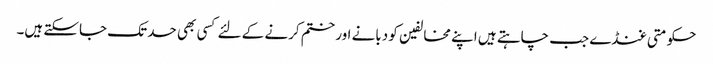
حکومتی غنڈے جب چاہتے ہیں اپنے مخالفین کو دبانے اور ختم کرنے کے لئے کسی بھی حد تک جاسکتے ہیں۔